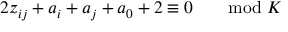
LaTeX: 2 z _ { i j } + a _ { i } + a _ { j } + a _ { 0 } + 2 \equiv 0 \qquad \mathrm { m o d } \ K